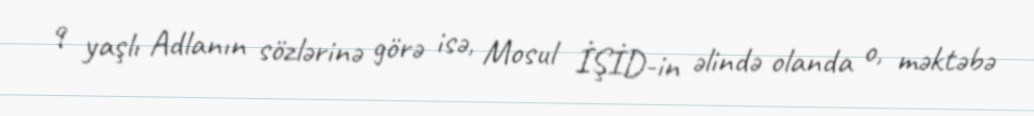
9 yaşlı Adlanın sözlərinə görə isə, Mosul İŞİD-in əlində olanda o, məktəbə